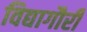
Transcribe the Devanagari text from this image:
विद्यागौरी